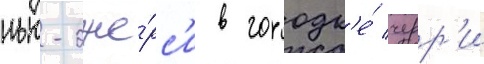
нью-дже́рс'и в городк'е́ черр'и